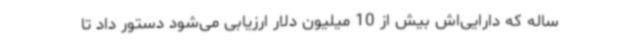
ساله که دارایی‌اش بیش از 10 میلیون دلار ارزیابی می‌شود دستور داد تا